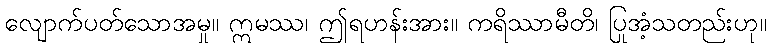
လျောက်ပတ်သောအမှု။ ဣမဿ၊ ဤရဟန်းအား။ ကရိဿာမီတိ၊ ပြုအံ့သတည်းဟု။